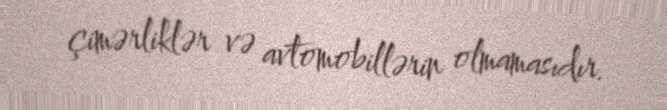
çimərliklər və avtomobillərin olmamasıdır.